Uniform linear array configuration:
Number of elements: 4
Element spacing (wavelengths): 0.5
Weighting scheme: binomial
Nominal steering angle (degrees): -30
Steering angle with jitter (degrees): -30.431
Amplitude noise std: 0.05
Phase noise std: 0.05

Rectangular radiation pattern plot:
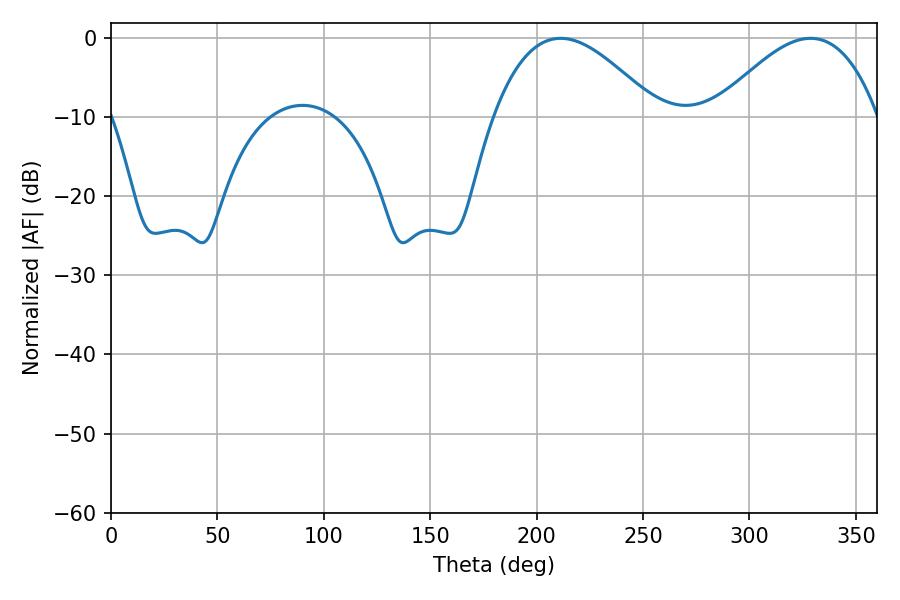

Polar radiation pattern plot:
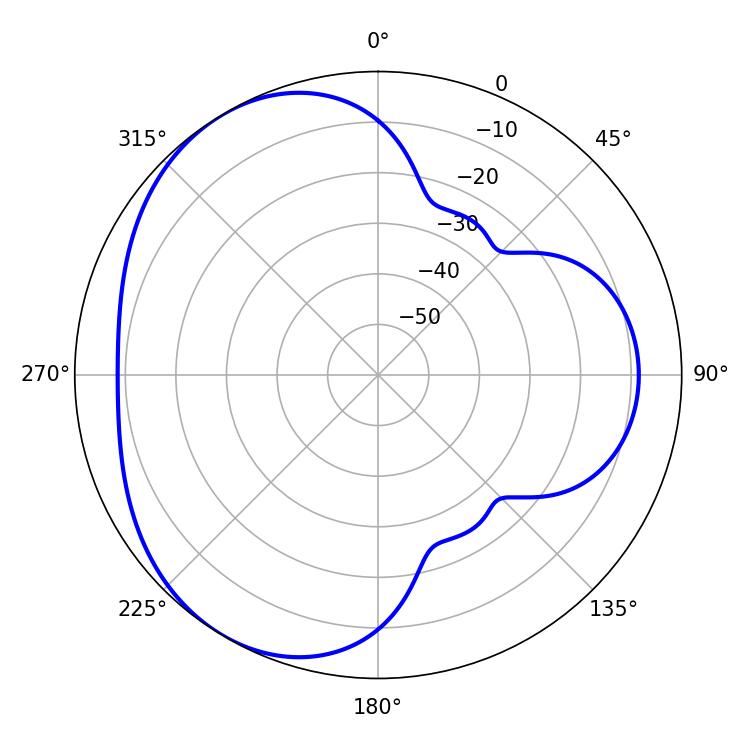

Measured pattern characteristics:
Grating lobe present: FALSE
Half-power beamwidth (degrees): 41.94
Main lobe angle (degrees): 211.32